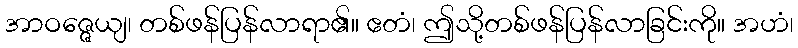
အာဝဇ္ဇေယျ၊ တစ်ဖန်ပြန်လာရာ၏။ ဧတံ၊ ဤသို့တစ်ဖန်ပြန်လာခြင်းကို။ အဟံ၊